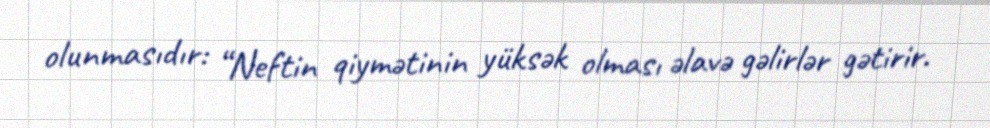
olunmasıdır: “Neftin qiymətinin yüksək olması əlavə gəlirlər gətirir.